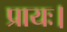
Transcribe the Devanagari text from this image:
प्रायः।